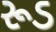
રૂડ